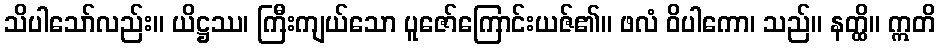
သိပါသော်လည်း။ ယိဋ္ဌဿ၊ ကြီးကျယ်သော ပူဇော်ကြောင်းယဇ်၏။ ဖလံ ဝိပါကော၊ သည်။ နတ္ထိ။ ဣတိ